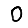
Digit: 0